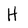
Character: H